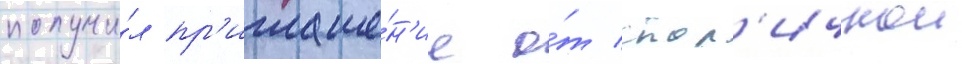
получи́л пр'иглаше́н'ие о́т стол'ичнои